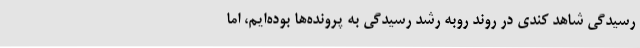
رسیدگی شاهد کندی در روند روبه رشد رسیدگی به پرونده‌ها بوده‌ایم، اما